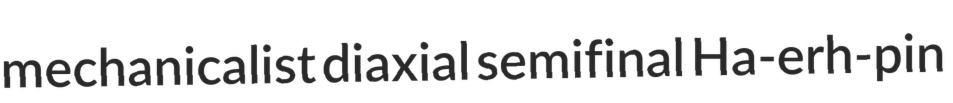
mechanicalist diaxial semifinal Ha-erh-pin